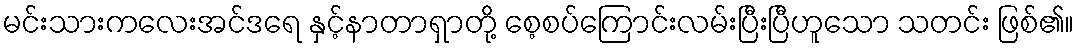
မင်းသားကလေးအင်ဒရေ နှင့်နာတာရှာတို့ စေ့စပ်ကြောင်းလမ်းပြီးပြီဟူသော သတင်း ဖြစ်၏။